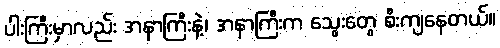
ပါးကြီးမှာလည်း အနာကြီးနဲ့၊ အနာကြီးက သွေးတွေ စီးကျနေတယ်။